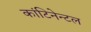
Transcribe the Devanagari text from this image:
कांटिनेन्टल